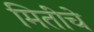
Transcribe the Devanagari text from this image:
मितींचे